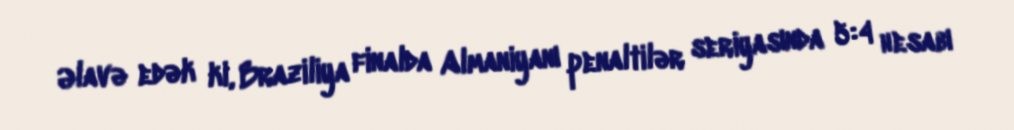
Əlavə edək ki, Braziliya finalda Almaniyanı penaltilər seriyasında 5:4 hesabı